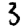
Digit: 3